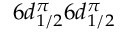
6 d _ { 1 / 2 } ^ { \pi } 6 d _ { 1 / 2 } ^ { \pi }